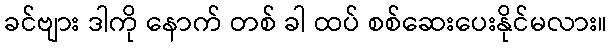
ခင်ဗျား ဒါကို နောက် တစ် ခါ ထပ် စစ်ဆေးပေးနိုင်မလား။